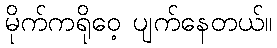
မိုက်ကရိုဝေ့ ပျက်နေတယ်။